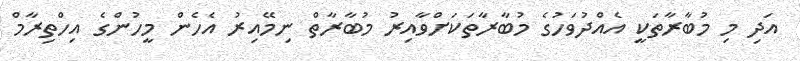
އަދި މި މުބާރާތަކީ އެއްދުވަހުގެ މުބާރާތަކަށްވާއިރު މުބާރާތް ނިމޭއިރު އެހެން މީހުންގެ އިހްތިރާމް